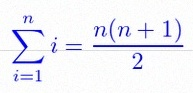
\sum_{i=1}^{n}i=\frac{n(n+1)}2